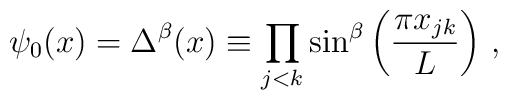
\psi_0(x) =\Delta^\beta(x) \equiv\prod_{j<k}\sin^\beta\left(\frac{\pi x_{jk}}{L}\right) \, ,